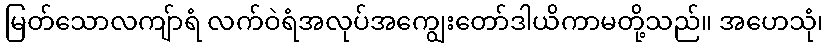
မြတ်သောလကျ်ာရံ လက်ဝဲရံအလုပ်အကျွေးတော်ဒါယိကာမတို့သည်။ အဟေသုံ၊